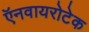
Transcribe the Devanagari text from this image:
ऍनवायरोटेक